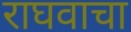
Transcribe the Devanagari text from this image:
राघवाचा